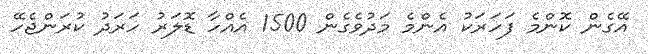
އޭގެން ކޮންމެ ފަހަރަކު އެންމެ މަދުވެގެން 1500 އެއްހާ ޑޮލަރު ހަރަދު ކުރަންޖެހޭ